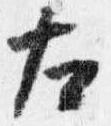
左